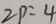
2 p = 4